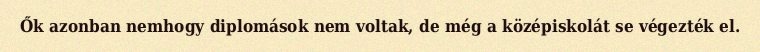
Ők azonban nemhogy diplomások nem voltak, de még a középiskolát se végezték el.